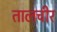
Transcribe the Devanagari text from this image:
तालचीर